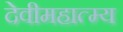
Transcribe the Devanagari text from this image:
देवीमहात्म्य